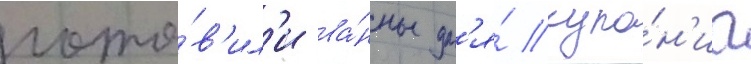
гото́в'ил'и ва́нны дл'я́ купа́н'иа